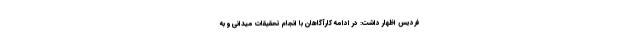
فردیس اظهار داشت: در ادامه کارآگاهان با انجام تحقیقات میدانی و به